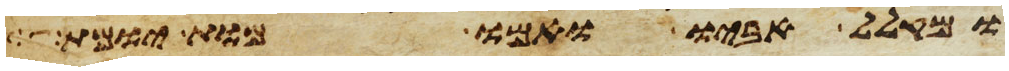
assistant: ומקלל אביו ואמו מות יומת